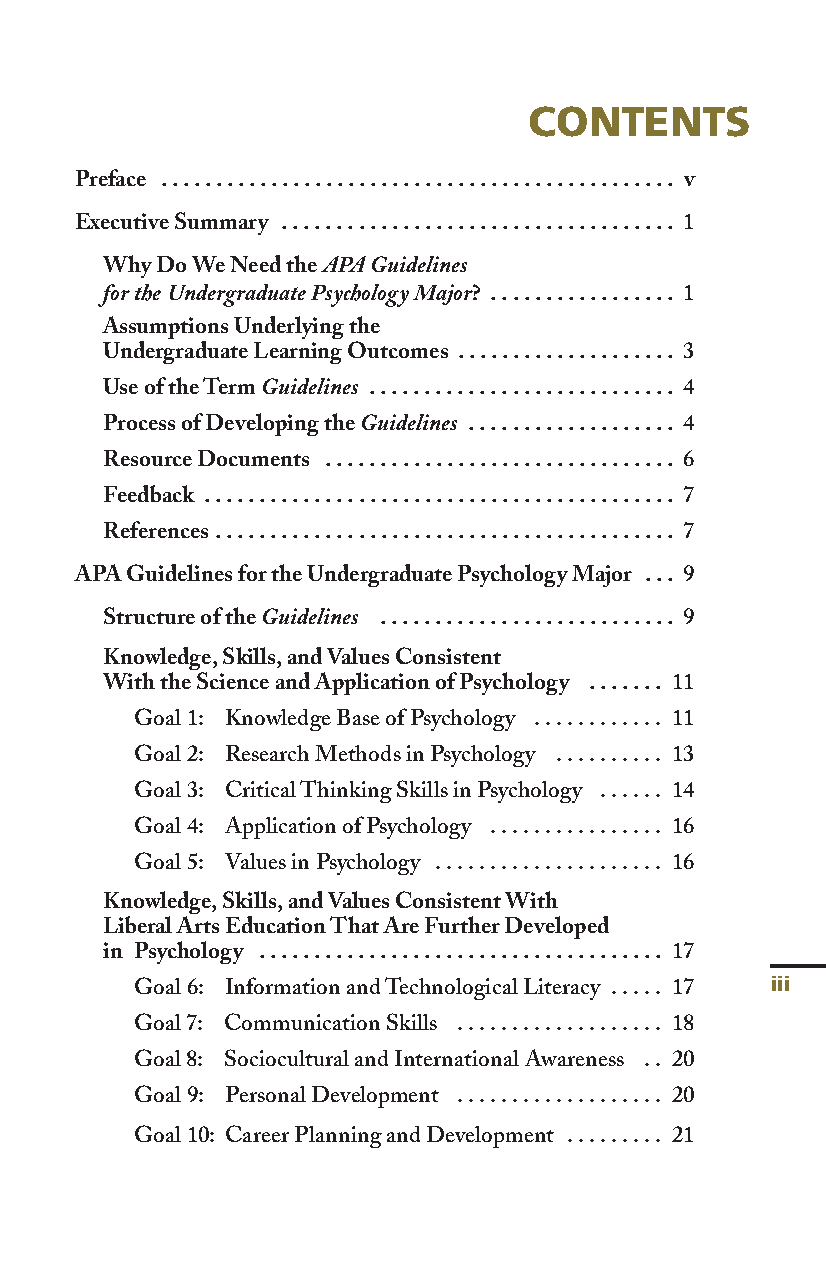
CONTENTS
 Preface . . . . . . . . . . . . . . . . . . . . . . . . . . . . . . . . . . . . . . . . . . . . . . . v
 Executive Summary . . . . . . . . . . . . . . . . . . . . . . . . . . . . . . . . . . . . 1
 Why Do We Need the APA Guidelines
 for the Undergraduate Psychology Major? ................. 1
 Assumptions Underlying the
 Undergraduate Learning Outcomes . . . . . . . . . . . . . . . . . . . . 3
 Use of the Term Guidelines ............................ 4
 Process of Developing the Guidelines ................... 4
 Resource Documents . . . . . . . . . . . . . . . . . . . . . . . . . . . . . . . . 6
 Feedback . . . . . . . . . . . . . . . . . . . . . . . . . . . . . . . . . . . . . . . . . . . 7
 References . . . . . . . . . . . . . . . . . . . . . . . . . . . . . . . . . . . . . . . . . . 7
 APAGuidelines for the Undergraduate Psychology Major . . . 9
 Structure of the Guidelines ........................... 9
 Knowledge,Skills,and Values Consistent
 With the Science and Application of Psychology . . . . . . . 11
 Goal 1: Knowledge Base of Psychology . . . . . . . . . . . . 11
 Goal 2: Research Methods in Psychology . . . . . . . . . . 13
 Goal 3: Critical Thinking Skills in Psychology . . . . . . 14
 Goal 4: Application of Psychology . . . . . . . . . . . . . . . . 16
 Goal 5: Values in Psychology . . . . . . . . . . . . . . . . . . . . . 16
 Knowledge,Skills,and Values Consistent With
 Liberal Arts Education That Are Further Developed
 in Psychology . . . . . . . . . . . . . . . . . . . . . . . . . . . . . . . . . . . . . 17
 Goal 6: Information and Technological Literacy . . . . . 17 iiiiii
 Goal 7: Communication Skills . . . . . . . . . . . . . . . . . . . 18
 Goal 8: Sociocultural and International Awareness . . 20
 Goal 9: Personal Development . . . . . . . . . . . . . . . . . . . 20
 Goal 10: Career Planning and Development . . . . . . . . . 21